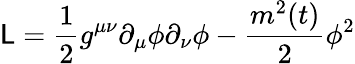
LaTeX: {\cal\mathsf{L}}=\frac{{1}}{{2}}g^{\mu\nu}\partial_{\mu}\phi\partial_{\nu}\phi-\frac{{m^{2}(t)}}{{2}}\phi^{2}